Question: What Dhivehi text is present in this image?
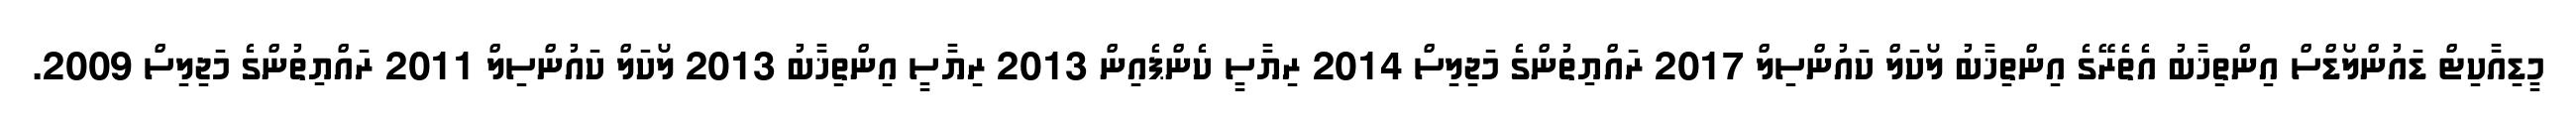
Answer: މީޑިއާކިޓް ޑައުންލޯޑްސް އިންތިޚާބު އެތެރޭގެ އިންތިޚާބު ލޯކަލް ކައުންސިލް 2017 ރައްޔިތުންގެ މަޖިލިސް 2014 ރިޔާސީ ކެންޕެއިން 2013 ރިޔާސީ އިންތިޚާބު 2013 ލޯކަލް ކައުންސިލް 2011 ރައްޔިތުންގެ މަޖިލިސް 2009.